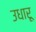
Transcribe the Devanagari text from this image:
उधारू